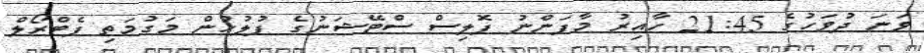
ވަނަ ދުވަހުގެ 21:45 ހާއިރު މާފަންނު ޕޮލިސް ސްޓޭޝަނުގެ ފުލުހުން މަގުމަތި ޕެޓްރޯލް